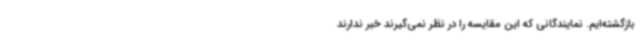
بازگشته‌ایم. نمایندگانی که این مقایسه را در نظر نمی‌گیرند خبر ندارند